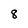
Character: 8